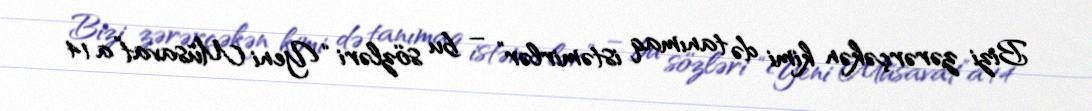
Bizi zərərçəkən kimi də tanımaq istəmirlər” – bu sözləri “Yeni Müsavat”a 14